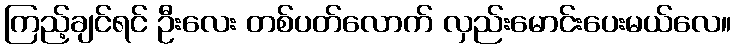
ကြည့်ချင်ရင် ဦးလေး တစ်ပတ်လောက် လှည်းမောင်းပေးမယ်လေ။